Lunatic asylums United Prov. 1922-30 - 1922-1930
Year: 1922
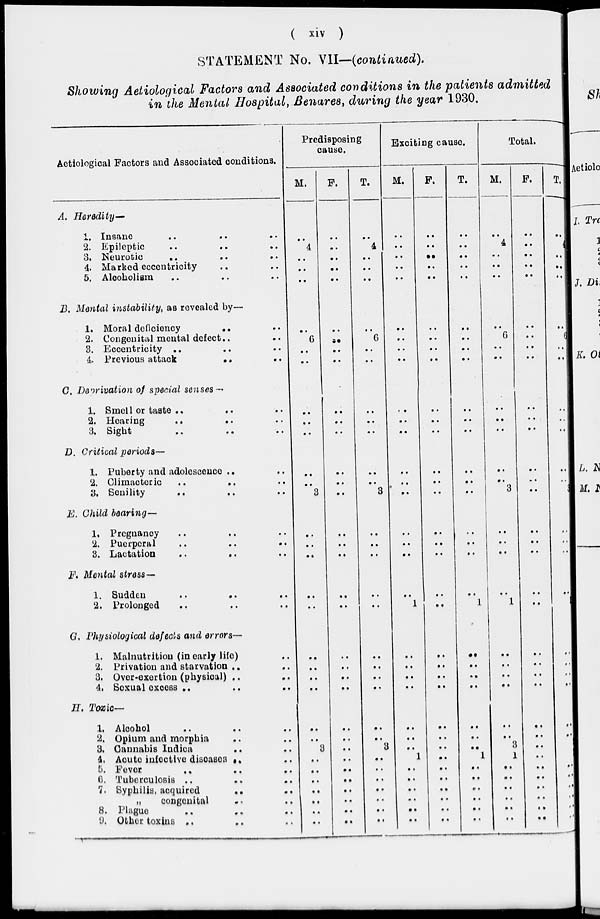
( xiv )
STATEMENT No. VII—(continued).
Showing Aetiological Factors and Associated conditions in the patients admitted
in the Mental Hospital, Benares, during the year 1930.
Aetiological Factors and Associated conditions.
A.
B.
C.
D.
E
F.
G.
H.
Heredity—
1. Insane .. .. ..
2. Epileptic .. .. ..
3. Neurotic
..
.. ..
4. Marked eccentricity .. ..
5. Alcoholism .. .. ..
Mental instability, as revealed by—
1. Moral deficiency
.. ..
2. Congenital mental defect .. ..
3. Eccentricity .. .. ..
4. Previous attack
..
..
Deprivation of special senses —
1. Smell or taste .. .. ..
2. Hearing
..
..
..
3, Sight .. .. ..
Critical periods—
1. Puberty and adolescence .. ..
2. Climacteric
.. ..
..
3. Senility .. .. ..
. Child bearing—
1. Pregnancy .. .. ..
2. Puerperal .. .. ..
3. Lactation .. .. ..
Mental stress—
1. Sudden
..
..
..
2. Prolonged .. .. ..
Physiological defects and errors—
1. Malnutrition (in early life) ..
2. Privation and starvation .. ..
3. Over-exertion (physical) .. ..
4. Sexual excess
..
..
..
Toxic—
1. Alcohol .. .. ..
2. Opium and morphia .. ..
3. Cannabis Indica .. ..
4. Acute infective diseases .. ..
5. Fever .. .. ..
6. Tuberculosis .. .. ..
7. Syphilis, acquired
.. ..
„
congenital .. ..
8. Plague .. .. ..
9. Other toxins .. .. ..
Predisposing
cause.
M.
..
4
..
..
..
..
6
..
..
..
..
..
..
..
3
..
..
..
..
..
..
..
..
..
..
..
3
..
..
..
..
..
..
..
F.
..
..
..
..
..
..
..
..
..
..
..
..
..
..
..
..
..
..
..
..
..
..
..
..
..
..
..
..
..
..
..
..
..
..
T.
..
4
..
..
..
..
6
..
..
..
..
..
..
..
3
..
..
..
..
..
..
..
..
..
..
..
3
..
..
..
..
..
..
..
Exciting cause.
M.
..
..
..
..
..
..
..
..
..
..
..
..
..
..
..
..
..
..
..
1
..
..
..
..
..
..
..
1
..
..
..
..
..
..
F.
..
..
..
..
..
..
..
..
..
..
..
..
..
..
..
..
..
..
..
..
..
..
..
..
..
..
..
..
..
..
..
..
..
..
T.
..
..
..
..
..
..
..
..
..
..
..
..
..
..
..
..
..
..
..
1
..
..
..
..
..
..
..
1
..
..
..
..
..
..
Total.
M.
..
4
..
..
..
..
6
..
..
..
..
..
..
..
3
..
..
..
..
1
..
..
..
..
..
..
3
1
..
..
..
..
..
..
F.
..
..
..
..
..
..
..
..
..
..
..
..
..
..
..
..
..
..
..
..
..
..
..
..
..
..
..
..
..
..
..
..
..
..
T.
..
4
..
..
..
..
6
..
..
..
..
..
..
..
3
..
..
..
..
1
..
..
..
..
..
..
3
1
..
..
..
..
..
..